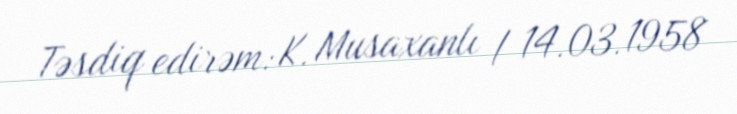
Təsdiq edirəm: K. Musaxanlı / 14.03.1958